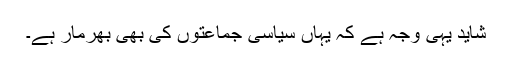
شاید یہی وجہ ہے کہ یہاں سیاسی جماعتوں کی بھی بھرمار ہے۔